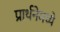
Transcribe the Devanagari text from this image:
प्रार्थनेमध्ये